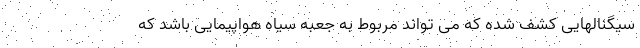
سیگنالهایی کشف شده که می تواند مربوط به جعبه سیاه هواپیمایی باشد که